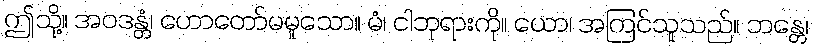
ဤသို့။ အဝဒန္တံ၊ ဟောတော်မမူသော။ မံ၊ ငါဘုရားကို။ ယော၊ အကြင်သူသည်။ ဘန္တေ၊